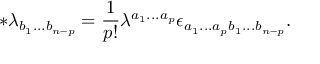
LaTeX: \ast \lambda _ { b _ { 1 } . . . b _ { n - p } } = \frac 1 { p ! } \lambda ^ { a _ { 1 } . . . a _ { p } } \epsilon _ { a _ { 1 } . . . a _ { p } b _ { 1 } . . . b _ { n - p } } .